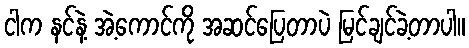
ငါက နင်နဲ့ အဲ့ကောင်ကို အဆင်ပြေတာပဲ မြင်ချင်ခဲ့တာပါ။